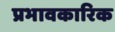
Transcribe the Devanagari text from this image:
प्रभावकारिक